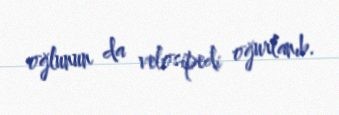
oğlunun da velosipedi oğurlanıb.